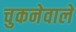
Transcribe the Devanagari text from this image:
चुकनेवाले